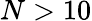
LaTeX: N>10